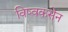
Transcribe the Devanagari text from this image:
विष्वकसेन